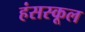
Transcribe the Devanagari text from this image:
हंसस्कूल